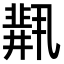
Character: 𫡋